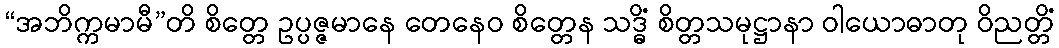
“အဘိက္ကမာမီ”တိ စိတ္တေ ဥပ္ပဇ္ဇမာနေ တေနေဝ စိတ္တေန သဒ္ဓိံ စိတ္တသမုဋ္ဌာနာ ဝါယောဓာတု ဝိညတ္တိံ